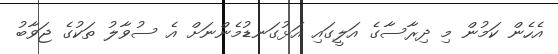
އެހެން ކަމުން މި ދިރާސާގެ އަލީގައި އަޅުގަނޑުމެންނަށް އެ ސުވާލު ތަކުގެ ޖަވާބު